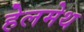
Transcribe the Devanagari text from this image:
हेलमेथ